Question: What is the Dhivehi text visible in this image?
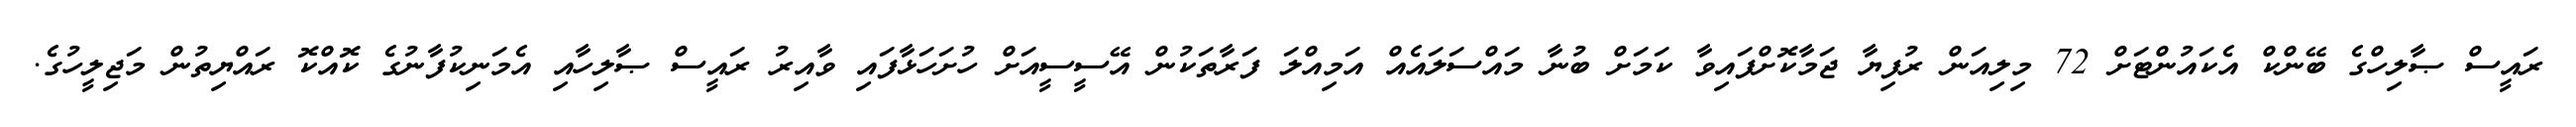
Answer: ރައީސް ޞާލިހްގެ ބޭންކް އެކައުންޓަށް 72 މިލިއަން ރުފިޔާ ޖަމާކޮށްފައިވާ ކަމަށް ބުނާ މައްސަލައެއް އަމިއްލަ ފަރާތަކުން އޭސީސީއަށް ހުށަހަޅާފައި ވާއިރު ރައީސް ޞާލިހާއި އެމަނިކުފާނުގެ ކޮއްކޮ ރައްޔިތުން މަޖިލީހުގެ.